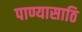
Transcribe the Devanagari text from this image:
पाण्यासाठि